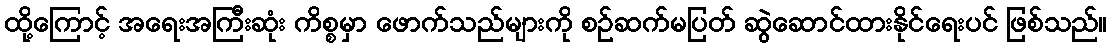
ထို့ကြောင့် အရေးအကြီးဆုံး ကိစ္စမှာ ဖောက်သည်များကို စဉ်ဆက်မပြတ် ဆွဲဆောင်ထားနိုင်ရေးပင် ဖြစ်သည်။